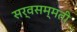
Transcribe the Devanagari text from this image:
सर्वसम्मती